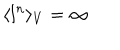
\langle l ^ { n } \rangle _ { V } = \infty